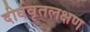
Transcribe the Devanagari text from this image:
दीर्घवृतलक्षण